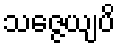
သဇ္ဇေယျပိ